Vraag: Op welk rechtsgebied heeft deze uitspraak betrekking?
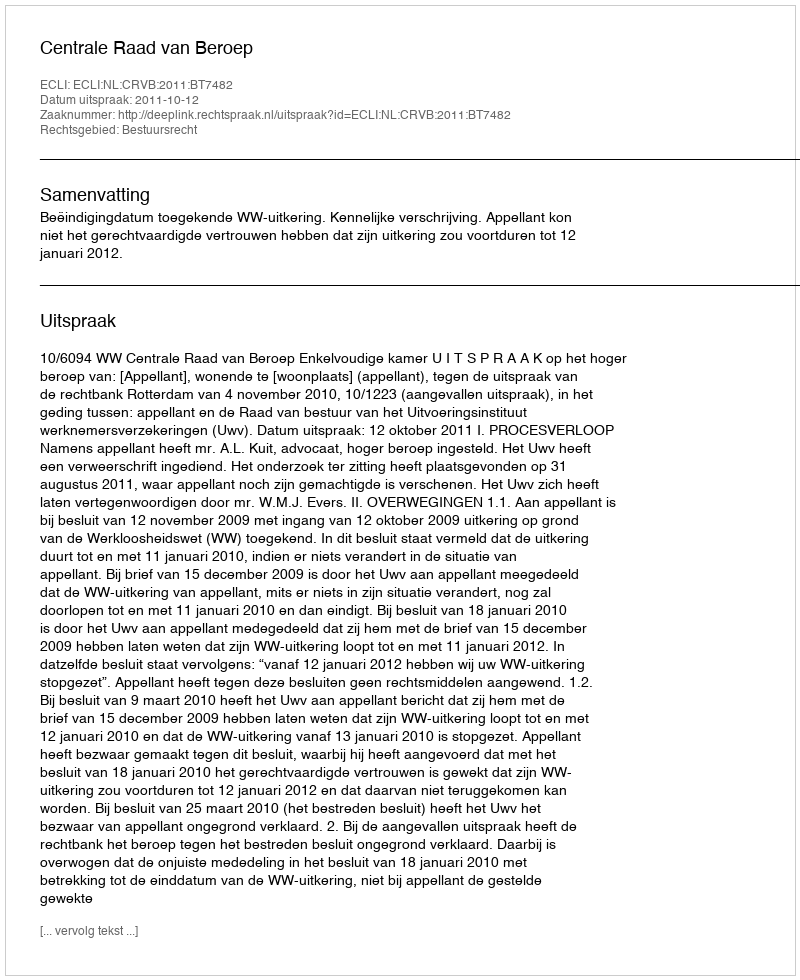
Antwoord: Bestuursrecht